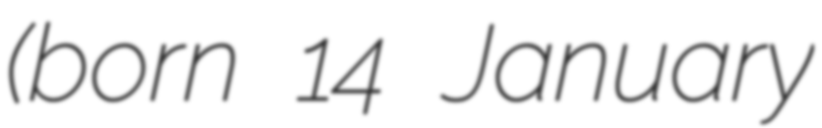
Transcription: (born 14 January